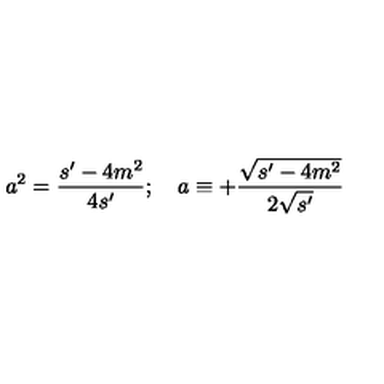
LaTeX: a ^ { 2 } = \frac { s ^ { \prime } - 4 m ^ { 2 } } { 4 s ^ { \prime } } ; \quad a \equiv + \frac { \sqrt { s ^ { \prime } - 4 m ^ { 2 } } } { 2 \sqrt { s ^ { \prime } } }